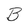
Character: B